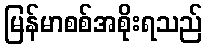
မြန်မာစစ်အစိုးရသည်